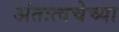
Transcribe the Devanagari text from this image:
अंतःत्वचेच्या